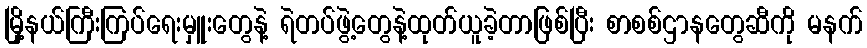
မြို့နယ်ကြီးကြပ်ရေးမှူးတွေနဲ့ ရဲတပ်ဖွဲ့တွေနဲ့ထုတ်ယူခဲ့တာဖြစ်ပြီး စာစစ်ဌာနတွေဆီကို မနက်